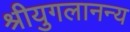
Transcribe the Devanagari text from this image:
श्रीयुगलानन्य